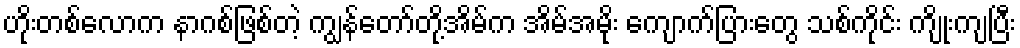
ဟိုးတစ်လောက နာဂစ်ဖြစ်တဲ့ ကျွန်တော်တို့အိမ်က အိမ်အမိုး ကျောက်ပြားတွေ သစ်ကိုင်း ကျိုးကျပြီး